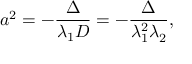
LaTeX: a ^ { 2 } = - { \frac { \Delta } { \lambda _ { 1 } D } } = - { \frac { \Delta } { \lambda _ { 1 } ^ { 2 } \lambda _ { 2 } } } ,